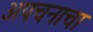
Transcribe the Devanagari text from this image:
अपचनाचा